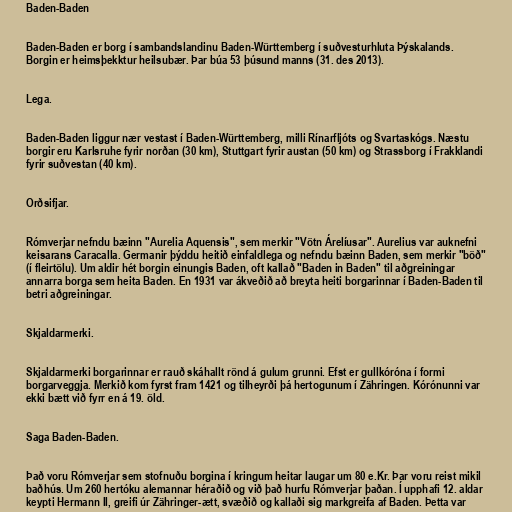
Baden-Baden

Baden-Baden er borg í sambandslandinu Baden-Württemberg í suðvesturhluta Þýskalands.
Borgin er heimsþekktur heilsubær. Þar búa 53 þúsund manns (31. des 2013).

Lega.

Baden-Baden liggur nær vestast í Baden-Württemberg, milli Rínarfljóts og Svartaskógs. Næstu
borgir eru Karlsruhe fyrir norðan (30 km), Stuttgart fyrir austan (50 km) og Strassborg í Frakklandi
fyrir suðvestan (40 km).

Orðsifjar.

Rómverjar nefndu bæinn "Aurelia Aquensis", sem merkir "Vötn Árelíusar". Aurelius var auknefni
keisarans Caracalla. Germanir þýddu heitið einfaldlega og nefndu bæinn Baden, sem merkir "böð"
(í fleirtölu). Um aldir hét borgin einungis Baden, oft kallað "Baden in Baden" til aðgreiningar
annarra borga sem heita Baden. En 1931 var ákveðið að breyta heiti borgarinnar í Baden-Baden til
betri aðgreiningar.

Skjaldarmerki.

Skjaldarmerki borgarinnar er rauð skáhallt rönd á gulum grunni. Efst er gullkóróna í formi
borgarveggja. Merkið kom fyrst fram 1421 og tilheyrði þá hertogunum í Zähringen. Kórónunni var
ekki bætt við fyrr en á 19. öld.

Saga Baden-Baden.

Það voru Rómverjar sem stofnuðu borgina í kringum heitar laugar um 80 e.Kr. Þar voru reist mikil
baðhús. Um 260 hertóku alemannar héraðið og við það hurfu Rómverjar þaðan. Í upphafi 12. aldar
keypti Hermann II, greifi úr Zähringer-ætt, svæðið og kallaði sig markgreifa af Baden. Þetta var